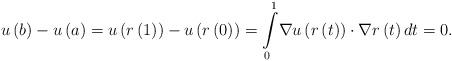
\begin{align*}u\left( b\right) -u\left( a\right) =u\left( r\left( 1\right) \right)-u\left( r\left( 0\right) \right) ={\displaystyle\int\limits_{0}^{1}}\nabla u\left( r\left( t\right) \right) \cdot\nabla r\left( t\right)dt=0.\end{align*}